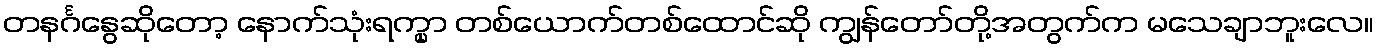
တနင်္ဂနွေဆိုတော့ နောက်သုံးရက္မှာ တစ်ယောက်တစ်ထောင်ဆို ကျွန်တော်တို့အတွက်က မသေချာဘူးလေ။